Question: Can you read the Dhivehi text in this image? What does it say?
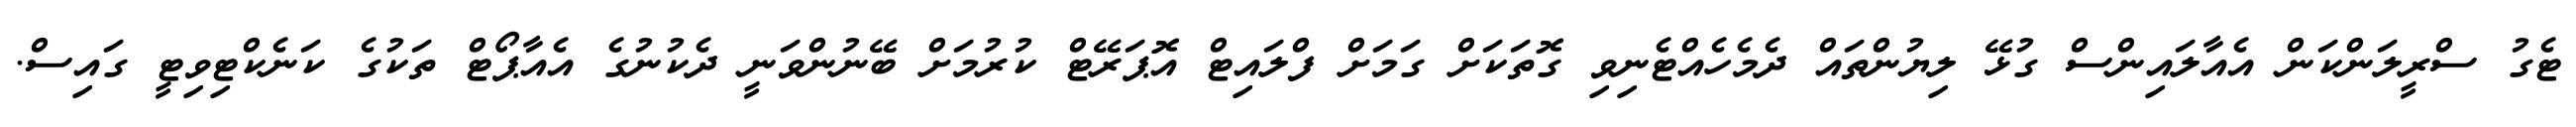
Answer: ޓެގު ސްރީލަންކަން އެއާލައިންސް ގުޅޭ ލިޔުންތައް ދެމެހެއްޓެނިވި ގޮތަކަށް ގަމަށް ފްލައިޓް އޮޕަރޭޓް ކުރުމަށް ބޭނުންވަނީ ދެކުނުގެ އެއާޕޯޓް ތަކުގެ ކަނެކްޓިވިޓީ ގައިސް.